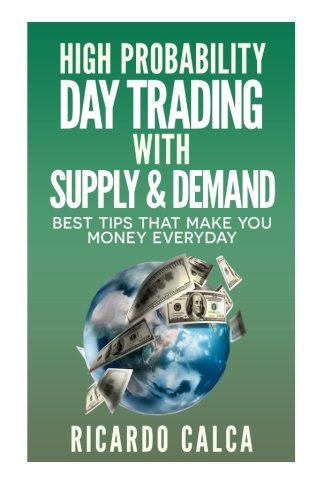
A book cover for High Probability Day Trading with Supply & Demand (Forex and Futures Newbie Day Trader Series Book) (Volume 4); Ricardo Calca; Business & Money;